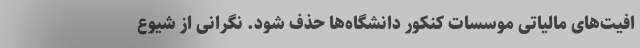
افیت‌های مالیاتی موسسات کنکور دانشگاه‌ها حذف ‌شود. نگرانی از شیوع